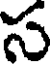
స